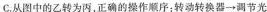
C. 从图中的乙转为丙，正确的操作顺序：转动转换器→调节光